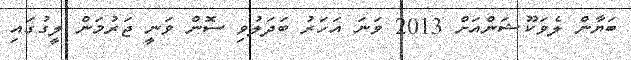
ބަޔާން ލެވަކޫޝަންއަށް 2013 ވަނަ އަހަރު ބަދަލުވި ސޮން ވަނީ ޖަރުމަން ލީގުގައި